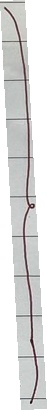
}